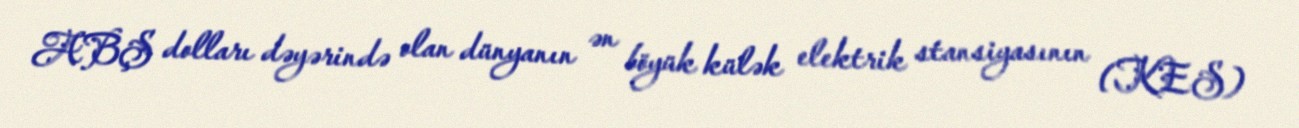
ABŞ dolları dəyərində olan dünyanın ən böyük külək elektrik stansiyasının (KES)